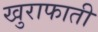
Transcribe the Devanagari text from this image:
खुराफाती